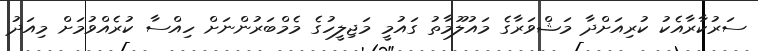
ސަރުކާރާއެކު ކުރިއަށްދާ މަޝްވަރާގެ މައުލޫމާތު ގައުމީ މަޖިލީހުގެ މެމްބަރުންނަށް ހިއްސާ ކުރެއްވުމަށް މިއަދު